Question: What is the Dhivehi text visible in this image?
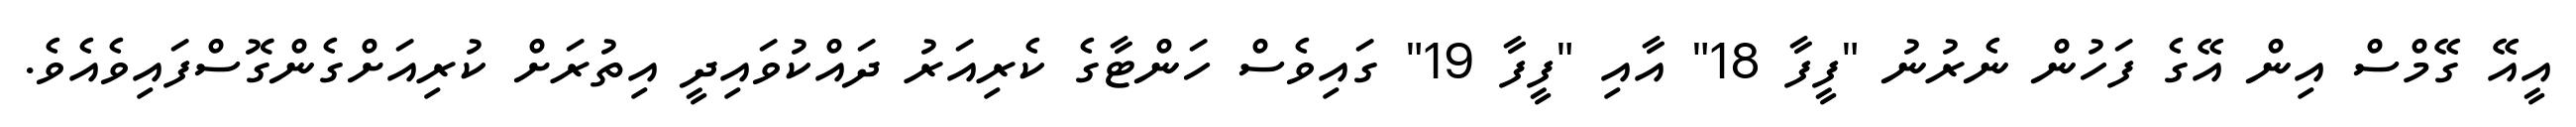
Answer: އީއޭ ގޭމްސް އިން އޭގެ ފަހުން ނެރުނު "ފީފާ 18" އާއި "ފީފާ 19" ގައިވެސް ހަންޓާގެ ކެރިއަރު ދައްކުވައިދީ އިތުރަށް ކުރިއަށްގެންގޮސްފައިވެއެވެ.